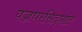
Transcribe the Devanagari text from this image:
वज्रधरसिद्धांत